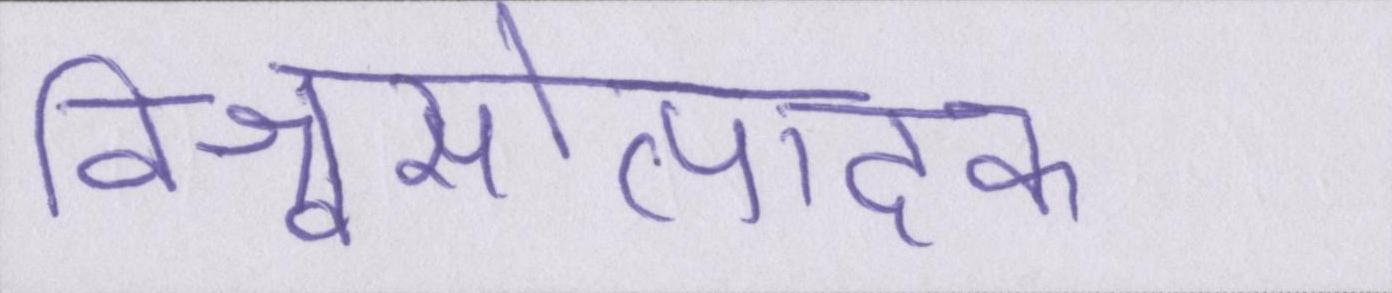
विश्वासोत्पादक